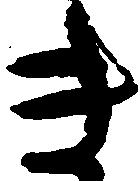
き